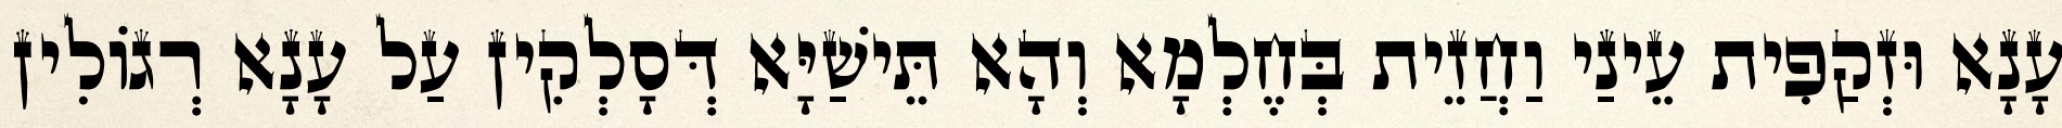
עָנָא וּזְקַפִית עֵינַי וַחֲזֵית בְּחֶלְמָא וְהָא תֵּישַׁיָּא דְּסָלְקִין עַל עָנָא רְגוֹלִין